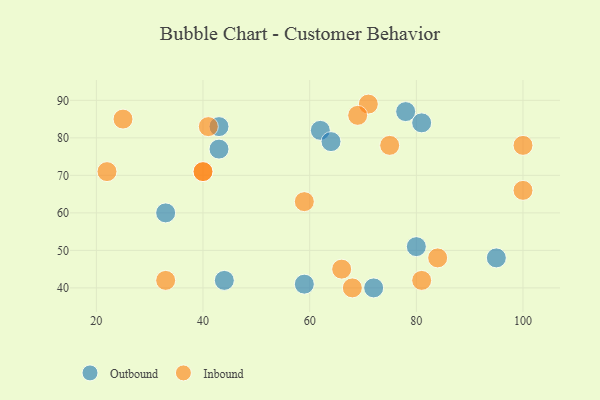
{"axis": {"x": "GDP", "y": "Life Expectancy"}, "legend": ["Inbound", "Outbound"], "data": [{"x": "62", "y": 82, "type": "Outbound"}, {"x": "72", "y": 40, "type": "Outbound"}, {"x": "80", "y": 51, "type": "Outbound"}, {"x": "64", "y": 79, "type": "Outbound"}, {"x": "33", "y": 60, "type": "Outbound"}, {"x": "95", "y": 48, "type": "Outbound"}, {"x": "81", "y": 84, "type": "Outbound"}, {"x": "59", "y": 41, "type": "Outbound"}, {"x": "43", "y": 83, "type": "Outbound"}, {"x": "43", "y": 77, "type": "Outbound"}, {"x": "78", "y": 87, "type": "Outbound"}, {"x": "44", "y": 42, "type": "Outbound"}, {"x": "100", "y": 66, "type": "Inbound"}, {"x": "71", "y": 89, "type": "Inbound"}, {"x": "81", "y": 42, "type": "Inbound"}, {"x": "84", "y": 48, "type": "Inbound"}, {"x": "40", "y": 71, "type": "Inbound"}, {"x": "41", "y": 83, "type": "Inbound"}, {"x": "100", "y": 78, "type": "Inbound"}, {"x": "75", "y": 78, "type": "Inbound"}, {"x": "59", "y": 63, "type": "Inbound"}, {"x": "22", "y": 71, "type": "Inbound"}, {"x": "68", "y": 40, "type": "Inbound"}, {"x": "33", "y": 42, "type": "Inbound"}, {"x": "69", "y": 86, "type": "Inbound"}, {"x": "66", "y": 45, "type": "Inbound"}, {"x": "40", "y": 71, "type": "Inbound"}, {"x": "25", "y": 85, "type": "Inbound"}]}